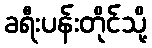
ခရီးပန်းတိုင်သို့